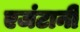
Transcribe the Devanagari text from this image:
एजंटानी